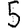
Digit: 5